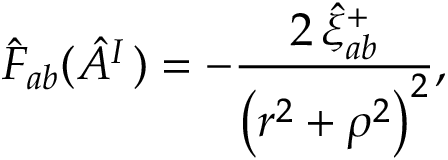
\hat { F } _ { a b } ( \hat { A } _ { } ^ { I \, } ) = - \frac { 2 \, \hat { \xi } _ { a b } ^ { + } } { \left( r ^ { 2 } + \rho ^ { 2 } \right) ^ { 2 } } ,